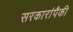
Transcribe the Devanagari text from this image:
सरकारांपैकी